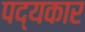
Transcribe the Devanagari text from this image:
पद्यकार